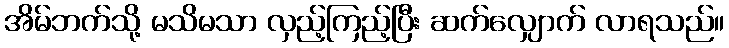
အိမ်ဘက်သို့ မသိမသာ လှည့်ကြည့်ပြီး ဆက်လျှောက် လာရသည်။